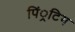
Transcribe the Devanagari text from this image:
पिं्रटिग